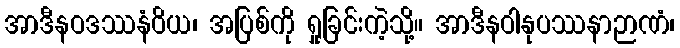
အာဒီနဝဒဿနံဝိယ၊ အပြစ်ကို ရှုခြင်းကဲ့သို့။ အာဒီနဝါနုပဿနာဉာဏံ၊